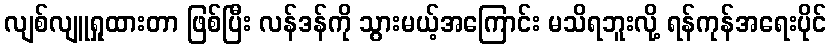
လျစ်လျူရှုထားတာ ဖြစ်ပြီး လန်ဒန်ကို သွားမယ့်အကြောင်း မသိရဘူးလို့ ရန်ကုန်အရေးပိုင်